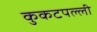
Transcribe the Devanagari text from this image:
कुकटपल्ली